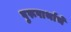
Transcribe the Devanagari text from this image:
पुरूषार्थाचे